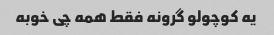
یه کوچولو گرونه فقط همه چی خوبه